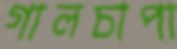
গালচাপা